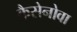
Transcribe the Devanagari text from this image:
कैसेनोवा